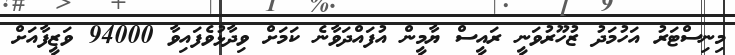
މިނިސްޓަރު އަހުމަދު ޒުހޫރުވަނީ ރައީސް ޔާމީން އުފައްދަވާނެ ކަމަށް ވިދާޅުވެފައިވާ 94000 ވަޒީފާއަށް